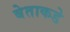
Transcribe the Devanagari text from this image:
बेताकडे